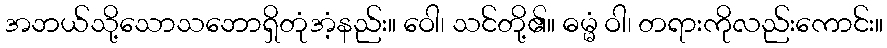
အဘယ်သို့သောသဘောရှိတုံအံ့နည်း။ ဝေါ၊ သင်တို့၏။ ဓမ္မံ ဝါ၊ တရားကိုလည်းကောင်း။